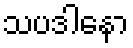
သပဒါနော